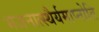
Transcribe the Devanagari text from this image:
भजनात्स्थैर्यमाप्नोति